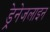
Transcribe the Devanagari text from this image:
ड्रेनेजलाइन